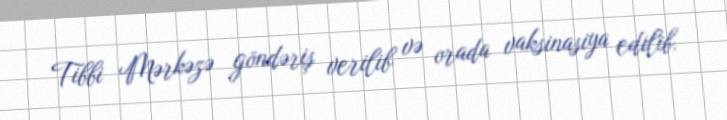
Tibbi Mərkəzə göndəriş verilib və orada vaksinasiya edilib.